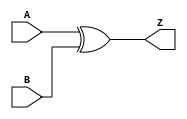
// --------------------------------------------------------------------
// >>>>>>>>>>>>>>>>>>>>>>>>> COPYRIGHT NOTICE <<<<<<<<<<<<<<<<<<<<<<<<<
// --------------------------------------------------------------------
// Copyright (c) 2005 by Lattice Semiconductor Corporation
// --------------------------------------------------------------------
//
//
//                     Lattice Semiconductor Corporation
//                     5555 NE Moore Court
//                     Hillsboro, OR 97214
//                     U.S.A.
//
//                     TEL: 1-800-Lattice  (USA and Canada)
//                          1-408-826-6000 (other locations)
//
//                     web: http://www.latticesemi.com/
//
// --------------------------------------------------------------------
//
// Simulation Library File for SC
//
// $Header: /home/dmsys/pvcs/RCSMigTest/rcs/verilog/pkg/versclibs/data/orca5/RCS/XOR2.v,v 1.3 2005/05/19 19:07:06 pradeep Exp $ 
//
`resetall
`timescale 1 ns / 1 ps

`celldefine

module XOR2 (A, B, Z);
  input A, B;
  output Z;

  xor (Z, A, B);


endmodule 

`endcelldefine